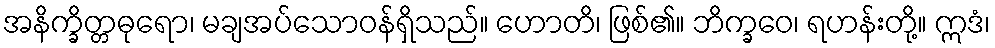
အနိက္ခိတ္တဓုရော၊ မချအပ်သောဝန်ရှိသည်။ ဟောတိ၊ ဖြစ်၏။ ဘိက္ခဝေ၊ ရဟန်းတို့။ ဣဒံ၊